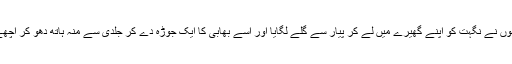
کمرے سے لوٹتے ہی دونوں نے نگہت کو اپنے گھیرے میں لے کر پیار سے گلے لگایا اور اسے بھابی کا ایک جوڑہ دے کر جلدی سے منہ ہاتھ دھو کر اچھے سے تیار ہونے کو کہا۔